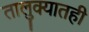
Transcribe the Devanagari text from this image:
तालुक्‍यातही